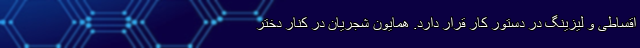
اقساطی و لیزینگ در دستور کار قرار دارد. همایون شجریان در کنار دختر